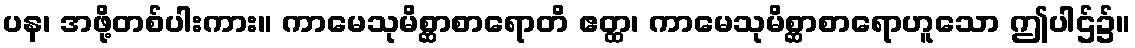
ပန၊ အဖို့တစ်ပါးကား။ ကာမေသုမိစ္ဆာစာရောတိ ဧတ္ထ၊ ကာမေသုမိစ္ဆာစာရောဟူသော ဤပါဌ်၌။